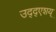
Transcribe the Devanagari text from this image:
उद्द्एशय्